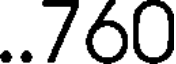
..760